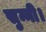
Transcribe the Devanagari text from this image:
सुन्नी।